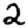
Digit: 2